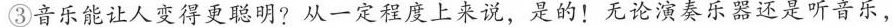
③音乐能让人变得更聪明?从一定程度上来说，是的!无论演奏乐器还是听音乐，